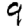
Digit: 9